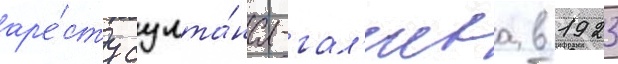
ар'е́сту султа́на-гал'иева в 1923